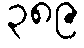
၃၈၉